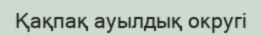
Қақпақ ауылдық округі